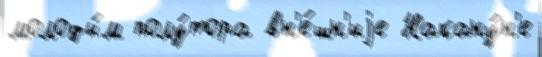
молоды́м полу́тора вн'е́шн'иjе Накану́н'е